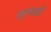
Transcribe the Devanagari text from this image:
स्लाडडों